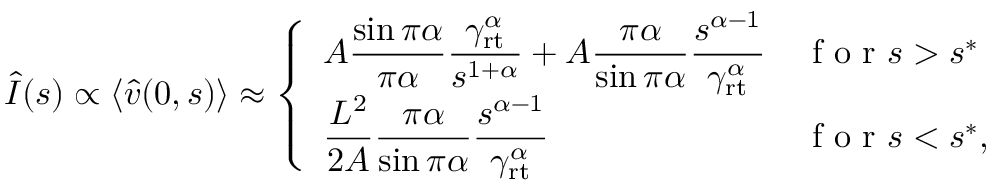
\begin{array} { r } { \hat { I } ( s ) \propto \langle \hat { v } ( 0 , s ) \rangle \approx \left\{ \begin{array} { l l } { \displaystyle A \frac { \sin \pi \alpha } { \pi \alpha } \frac { \gamma _ { \mathrm { r t } } ^ { \alpha } } { s ^ { 1 + \alpha } } + A \frac { \pi \alpha } { \sin \pi \alpha } \frac { s ^ { \alpha - 1 } } { \gamma _ { \mathrm { r t } } ^ { \alpha } } } & { \mathrm { ~ f ~ o ~ r ~ } s > s ^ { * } } \\ { \displaystyle \frac { L ^ { 2 } } { 2 A } \frac { \pi \alpha } { \sin \pi \alpha } \frac { s ^ { \alpha - 1 } } { \gamma _ { \mathrm { r t } } ^ { \alpha } } } & { \mathrm { ~ f ~ o ~ r ~ } s < s ^ { * } , } \end{array} \right. } \end{array}